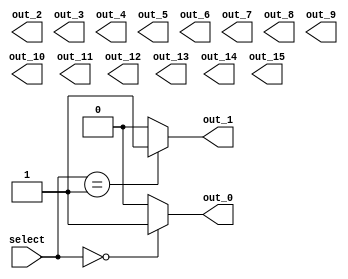
module demux_1to16 (
    input wire [3:0] select,  // 4-bit input signal to select one of the 16 output signals
    output reg out_0, out_1, out_2, out_3, out_4, out_5, out_6, out_7,
    output reg out_8, out_9, out_10, out_11, out_12, out_13, out_14, out_15
);

always @* begin
    case(select)
        4'b0000: begin
            out_0 = 1'b1;
            out_1 = 1'b0;
            // Set other output signals to 0
        end
        4'b0001: begin
            out_0 = 1'b0;
            out_1 = 1'b1;
            // Set other output signals to 0
        end
        // Repeat for all 16 possible selections
        // .........
        default: begin
            // Set all output signals to 0 if select signal is invalid
            out_0 = 1'b0;
            out_1 = 1'b0;
            // Set other output signals to 0
        end
    endcase
end

endmodule